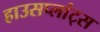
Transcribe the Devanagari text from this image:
हाउसप्लांट्स